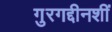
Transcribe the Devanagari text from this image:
गुरगद्दीनशीं